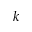
k